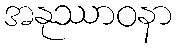
အနုဿာဝနာ